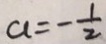
a = - \frac { 1 } { 2 }